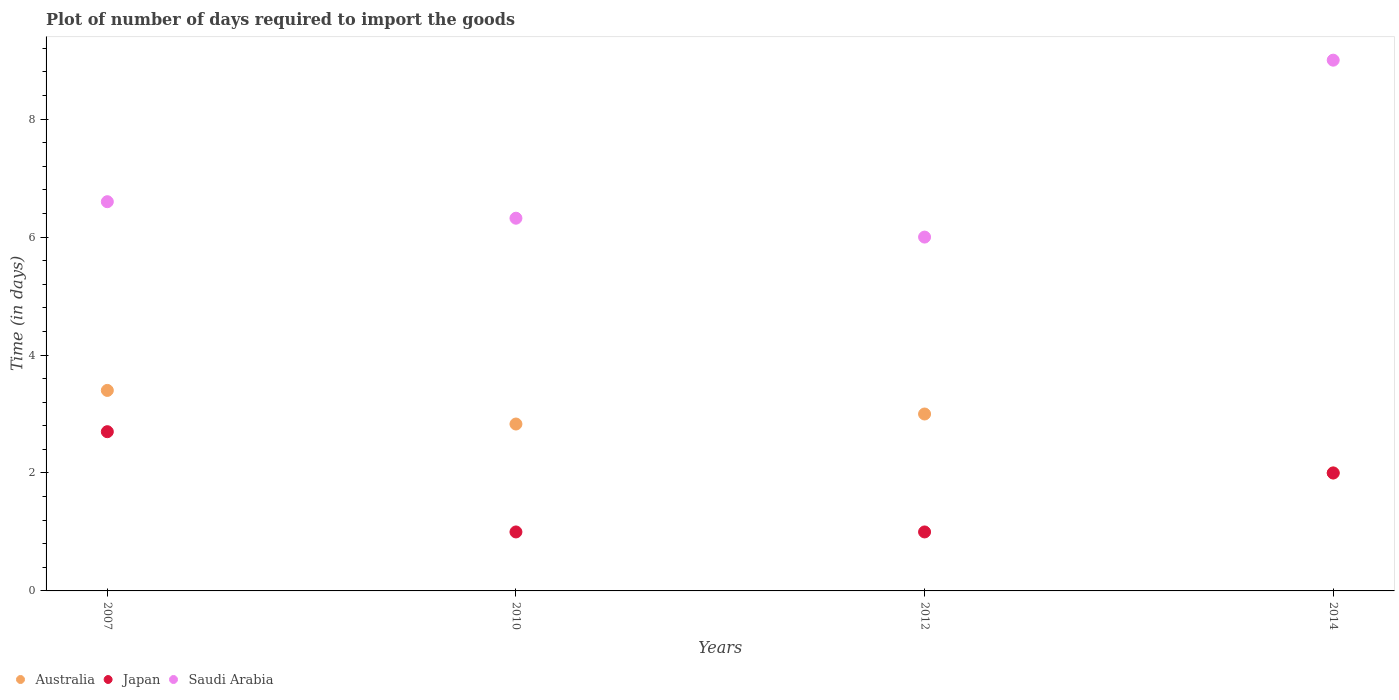
| Years | Australia | Japan | Saudi Arabia |
 | --- | --- | --- | --- |
 | 2007 | 3.4 | 2.7 | 6.6 |
 | 2010 | 2.83 | 1 | 6.32 |
 | 2012 | 3 | 1 | 6 |
 | 2014 | 2 | 2 | 9 |